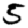
Digit: 5